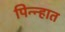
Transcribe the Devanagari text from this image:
पिन्न्हात